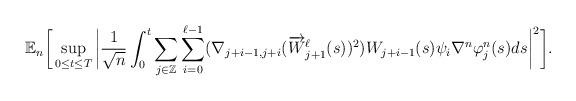
LaTeX: \begin{align*}\mathbb{E}_n \bigg[ \sup_{0 \le t \le T} \bigg| \frac{1}{\sqrt{n}} \int_0^t \sum_{j \in \mathbb{Z}} \sum_{i=0}^{\ell-1} (\nabla_{j+i-1, j+i}(\overrightarrow{W}_{j+1}^\ell(s))^2) W_{j+i-1}(s) \psi_i \nabla^n \varphi^n_j (s) ds \bigg|^2 \bigg] .\end{align*}